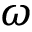
\boldsymbol { \omega }